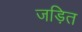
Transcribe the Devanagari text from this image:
जड़ित